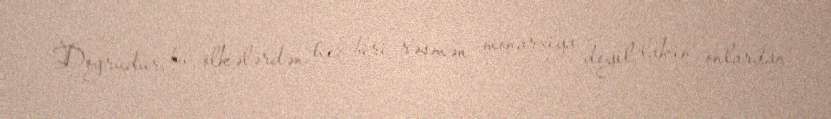
Doğrudur, bu ölkələrdən heç biri rəsmən monarxiya deyil, lakin onlardan